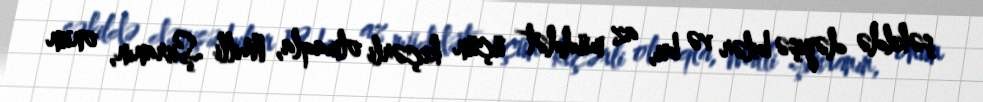
şəkildə dəyişə bilər və bu, az müddət üçün keçərli olmaqla, Milli Şuranın, onun